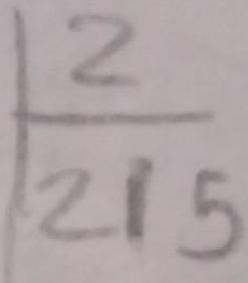
$\frac{2}{215}$